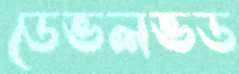
ডেভলভড